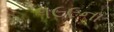
૧૯૯ના